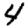
Digit: 4